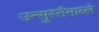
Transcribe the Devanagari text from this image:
उन्सुस्तैनाब्ले